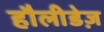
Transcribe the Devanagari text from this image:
हौलीडेज़